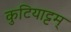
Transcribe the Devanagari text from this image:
कुटियाट्टम्